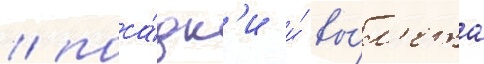
/ поса́дк'и и́ вы́л'ета